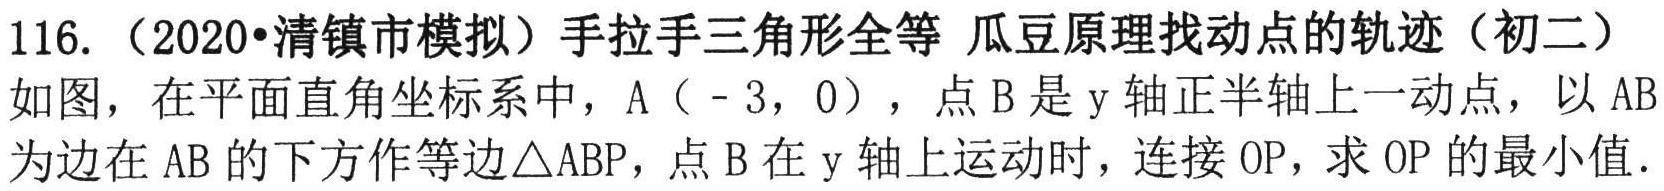
116.（2020•清镇市模拟）手拉手三角形全等 瓜豆原理找动点的轨迹（初二）
如图，在平面直角坐标系中，A（-3，0），点B是y轴正半轴上一动点，以AB为边在AB的下方作等边△ABP，点B在y轴上运动时，连接OP，求OP的最小值.